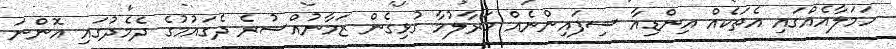
ހަމަލާއެއްގައި އެތަކެއް އިންޑިއާ ސިފައިންނެއް މަރާލުމާ ގުޅިގެން ޒަމާނުއްސުރެ ދެގައުމުގެ ދެމެދުގައި އޮންނަ